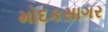
મોદકસાગર